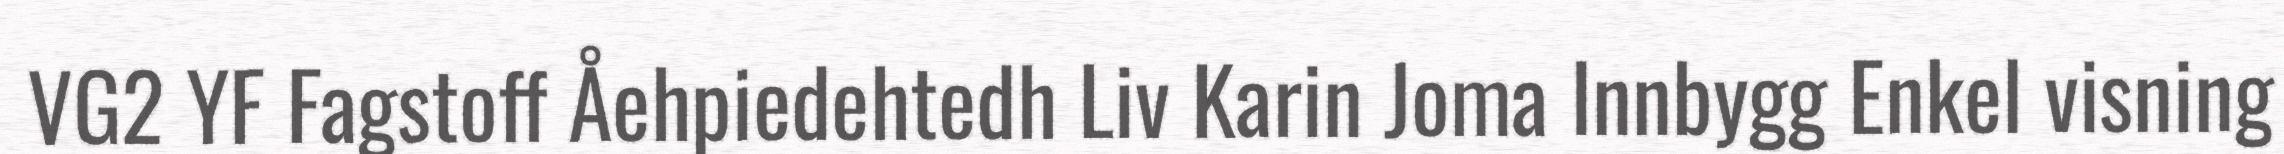
VG2 YF Fagstoff Åehpiedehtedh Liv Karin Joma Innbygg Enkel visning